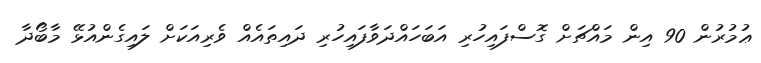
ޢުމުރުން 90 އިން މައްޗަށް ގޮސްފައިހުރި އަބަހައްދަވާފައިހުރި ދައިތައެއް ވެރިއަކަށް ލައިގެންއުޅޭ މާބޯދާ